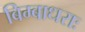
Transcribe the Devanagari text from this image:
बिम्बाधराः